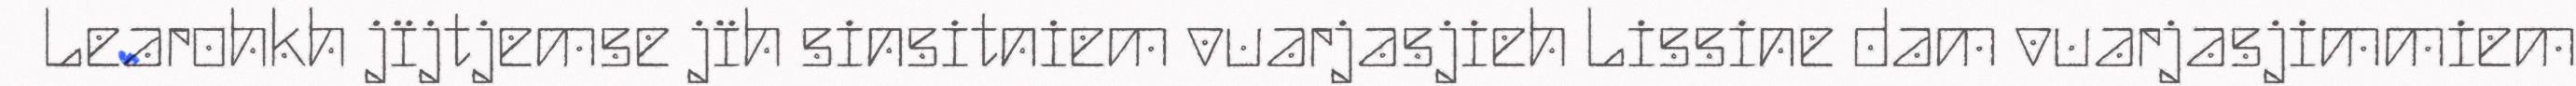
Learohkh jïjtjemse jïh sinsitniem vuarjasjieh Lissine dam vuarjasjimmiem